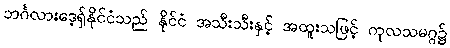
ဘင်္ဂလားဒေ့ရှ်နိုင်ငံသည် နိုင်ငံ အသီးသီးနှင့် အထူးသဖြင့် ကုလသမဂ္ဂ၌